Report of the veterinary officer investigating camel disease
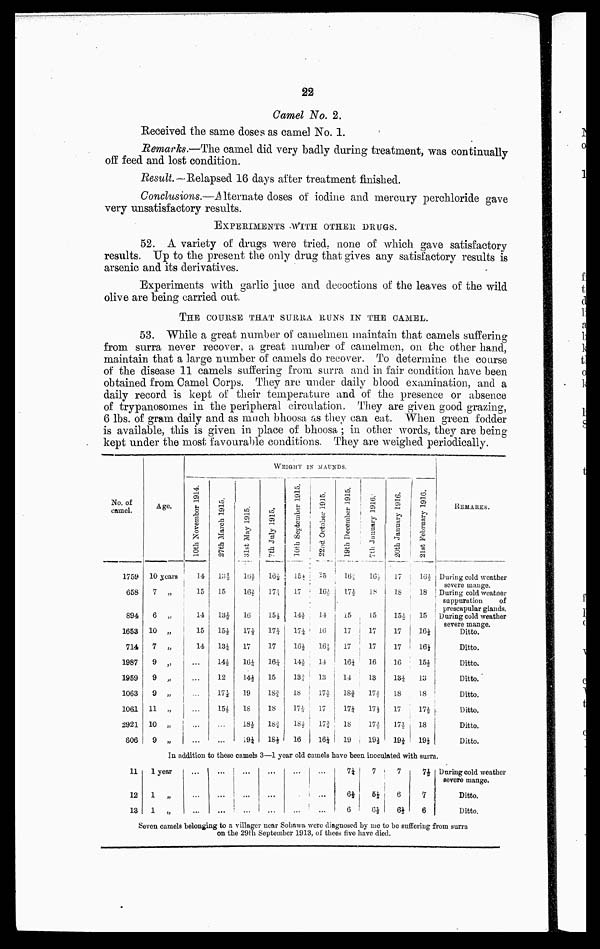
22
Camel No. 2.
Received the same doses as camel No. 1.
Remarks.—The camel did very badly during treatment, was continually
off feed and lost condition.
Result.—Relapsed 16 days after treatment finished.
Conclusions.—Alternate doses of iodine and mercury perchloride gave
very unsatisfactory results.
EXPERIMENTS WITH OTHER DRUGS.
52. A variety of drugs were tried, none of which gave satisfactory
results. Up to the present the only drug that gives any satisfactory results is
arsenic and its derivatives.
Experiments with garlic juce and decoctions of the leaves of the wild
olive are being carried out.
THE COURSE THAT SURRA RUNS IN THE CAMEL.
53. While a great number of camelmen maintain that camels suffering
from surra never recover, a great number of camelmen, on the other hand,
maintain that a large number of camels do recover. To determine the coarse
of the disease 11 camels suffering from surra and in fair condition have been
obtained from Camel Corps. They are under daily blood examination, and a
daily record is kept of their temperature and of the presence or absence
of trypanosomes in the peripheral circulation, They are given good grazing,
6 lbs. of gram daily and as much bhoosa as they can eat. When green fodder
is available, this is given in place of bhoosa ; in other words, they are being
kept under the most favourable conditions. They are weighed periodically.
WEIGHT
No. of
camel.
1759
658
894
1653
714
1987
1959
1063
1061
2921
806
Ago.
10 years
7 „
6 „
10 „
7 „
9 „
9 „
9 „
11 „
10 „
9 „
IN MAUNDS.
10th November
1914
14
15
14
15
14
...
...
...
...
...
...
27th March 1915.
13½
15
13½
15½
13¼
14½
12
17½
15½
...
...
31st May 1915.
16½
16½
16
17½
17
16¼
14½
19
18
18½
19¼
7th July 1915.
16½
17½
15½
17¼
17
16¼
15
18¾
18
18¾
18½
10th
September 1915.
15½
17
14½
17¼
16½
14½
183
lb
17¼
18½
16
22nd October 1915.
3.5
16½
14
16
16½
14
13
17½
17
17¾
16¼
19th December 1915.
16½
17½
15
17
17
16¼
14
18¾
17¼
18
19
7th January 1916
16½
18
15
17
17
16
13
17½
17½
17½
19½
20th January 1916.
18
15½
17
17
16
13¼
18
17
17½
19½
21st February 1916.
16½
18
15
16½
16½
15½
13
18
17½
18
19½
REMARKS.
During cold weather
severe mange.
During cold weather
suppuration
of
prescapular glands.
During cold weather
severe mange.
Ditto.
Ditto.
Ditto.
Ditto.
Ditto.
Ditto.
Ditto.
Ditto.
In addition to these camels 3—1 year old camels have been inoculated with surra.
11
12
13
1 year
1
„
1
„
...
...
...
...
...
...
...
...
...
...
...
...
...
...
... 7¼
6½
6
7
5½
6½
7
6
6⅓
7½
7
6
During cold weather
severe mange.
Ditto.
Ditto.
Seven camels belonging to a villager near Sohawa were diagnosed by me to be suffering from surra
on the 29th September 1913, of thees five have died.